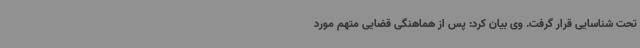
تحت شناسایی قرار گرفت. وی بیان کرد: پس از هماهنگی قضایی متهم مورد